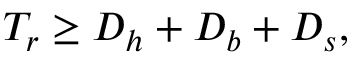
T _ { r } \ge D _ { h } + D _ { b } + D _ { s } ,